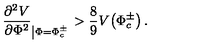
\frac { \partial ^ { 2 } V } { \partial \Phi ^ { 2 } } _ { \left| \Phi = \Phi _ { c } ^ { \pm } \right. } > \frac { 8 } { 9 } V \! \left( \Phi _ { c } ^ { \pm } \right) .